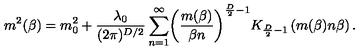
\ m ^ { 2 } ( \beta ) = m _ { 0 } ^ { 2 } + \frac { \lambda _ { 0 } } { ( 2 \pi ) ^ { D / 2 } } \sum _ { n = 1 } ^ { \infty } \biggl ( \frac { m ( \beta ) } { \beta n } \biggr ) ^ { \frac { D } { 2 } - 1 } K _ { \frac { D } { 2 } - 1 } \left( m ( \beta ) n \beta \right) .